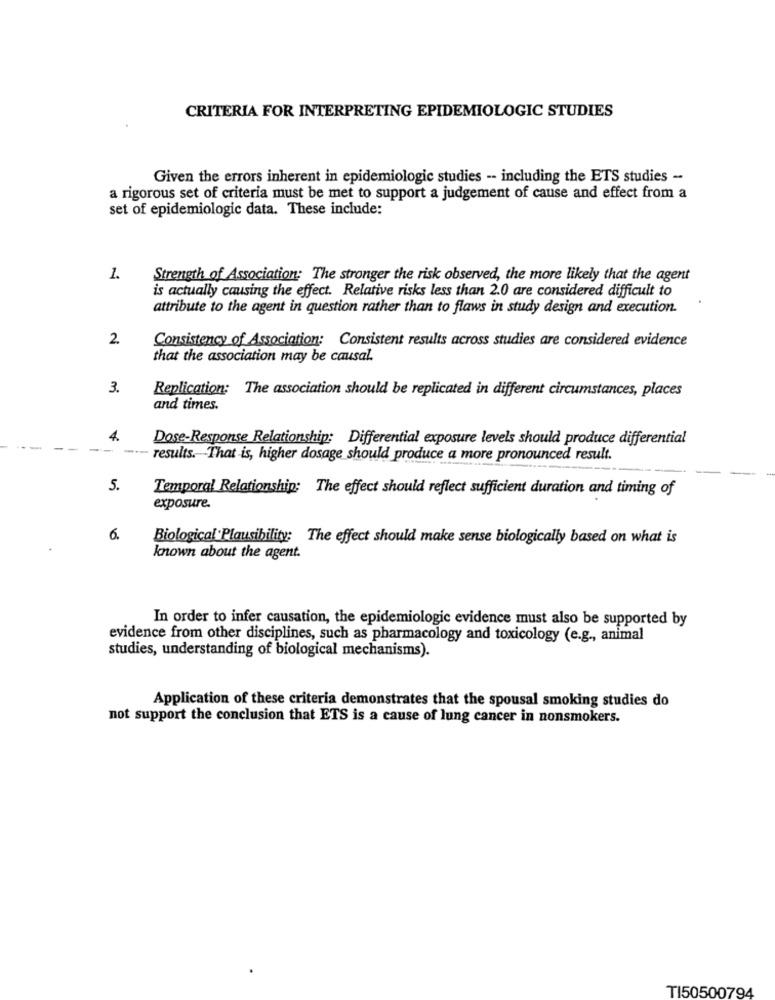
CRITERIA FOR INTERPRETING EPIDEMIOLOGIC STUDIES
Given the errors inherent in epidemiologic studies -- including the ETS studies -
a rigorous set of criteria must be met to support a judgement of cause and effect from a
set of epidemiologic data. These include:
1.
Strength of Association: The stronger the risk observed, the more likely that the agent
is actually causing the effect. Relative risks less than 2.0 are considered difficult to
attribute to the agent in question rather than to flaws in study design and execution.
2.
Consistency of Association: Consistent results across studies are considered evidence
that the association may be causal.
3.
Replication: The association should be replicated in different circumstances, places
and times.
4.
Dose-Response Relationship: Differential exposure levels should produce differential
--
results. That is, higher dosage should produce a more pronounced result.
5.
Temporal Relationship: The effect should reflect sufficient duration and timing of
exposure.
6.
Biological Plausibility: The effect should make sense biologically based on what is
known about the agent.
In order to infer causation, the epidemiologic evidence must also be supported by
evidence from other disciplines, such as pharmacology and toxicology (e.g ., animal
studies, understanding of biological mechanisms).
Application of these criteria demonstrates that the spousal smoking studies do
not support the conclusion that ETS is a cause of lung cancer in nonsmokers.
TI50500794